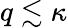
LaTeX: q\lesssim\kappa